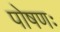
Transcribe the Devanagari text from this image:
पोषणः